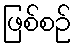
ဖြစ်စဉ်